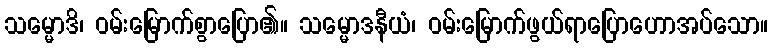
သမ္မောဒိ၊ ဝမ်းမြောက်စွာပြော၏။ သမ္မောဒနီယံ၊ ဝမ်းမြောက်ဖွယ်ရာပြောဟောအပ်သော။